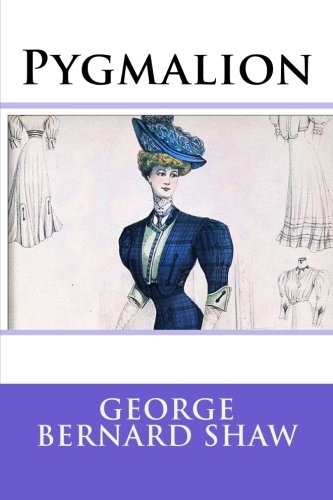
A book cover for Pygmalion; George Bernard Shaw; Romance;